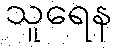
သူရေန